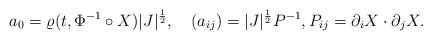
LaTeX: \begin{align*}a_0=\varrho(t,\Phi^{-1}\circ X)|J|^\frac{1}{2},\quad(a_{ij})=|J|^\frac{1}{2}P^{-1},P_{ij}=\partial_iX\cdot\partial_jX.\end{align*}